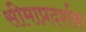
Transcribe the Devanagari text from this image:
सीमाप्रदर्शक